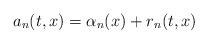
LaTeX: \begin{align*}a_n(t,x)=\alpha_n(x)+r_n(t,x)\end{align*}